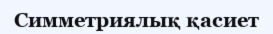
Симметриялық қасиет